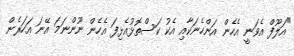
"އަލޫފް އެވަނީ އެހެން އަންހެނަކާއި އެކު ކަސްތޮޅުއެޅިފަ އެހެން ނޫންނަމަ އޭނަ އަހަރެން